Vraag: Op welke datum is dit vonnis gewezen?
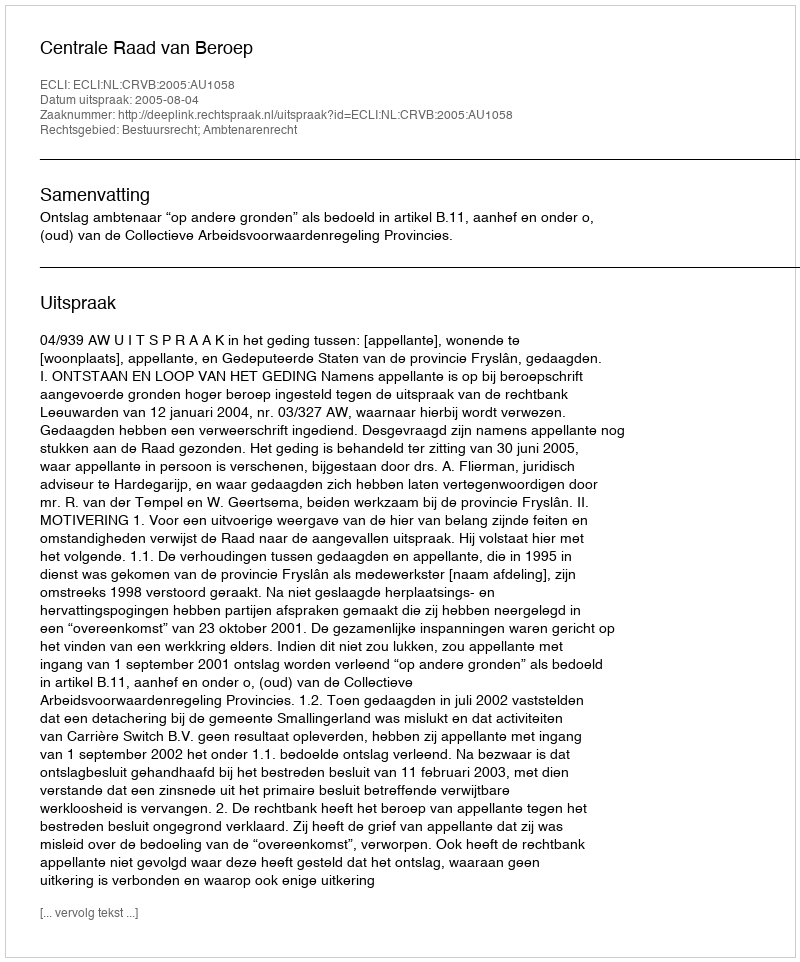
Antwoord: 2005-08-04